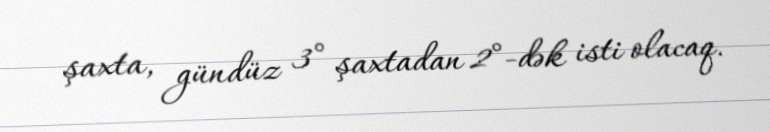
şaxta, gündüz 3° şaxtadan 2°-dək isti olacaq.